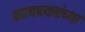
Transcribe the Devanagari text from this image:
सावरकरंच्या